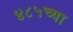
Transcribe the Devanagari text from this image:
४८५च्या